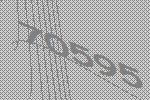
70595